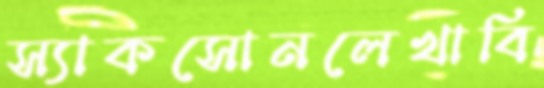
স্যাকসোনলেখাবি